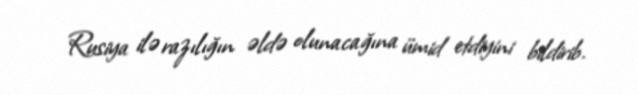
Rusiya ilə razılığın əldə olunacağına ümid etdiyini bildirib.